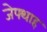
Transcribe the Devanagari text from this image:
जेफ्थाह